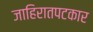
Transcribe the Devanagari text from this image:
जाहिरातपटकार